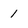
Character: 1